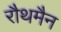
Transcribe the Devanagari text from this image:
रौथमैन